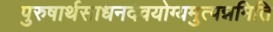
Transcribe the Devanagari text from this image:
पुरुषार्थसाधनदेवयोग्यमुत्पन्नमिति